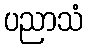
ပညာသံ